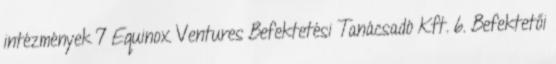
intézmények 7 Equinox Ventures Befektetési Tanácsadó Kft. 6. Befektetői